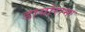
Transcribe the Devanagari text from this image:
डायोरामा